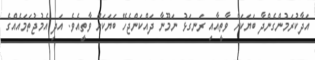
އަދާކުރަމުންގެންދާ ބަޔަކަށް ވާތީއާއި ރަނގަޅު ނަމޫނާ ދައްކަންޖެހޭ ބަޔަކަށް ވާތީއެވެ. އަދި އެމުޖުތަމައެއްގެ